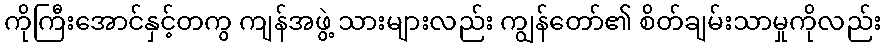
ကိုကြီးအောင်နှင့်တကွ ကျန်အဖွဲ့ သားများလည်း ကျွန်တော်၏ စိတ်ချမ်းသာမှုကိုလည်း